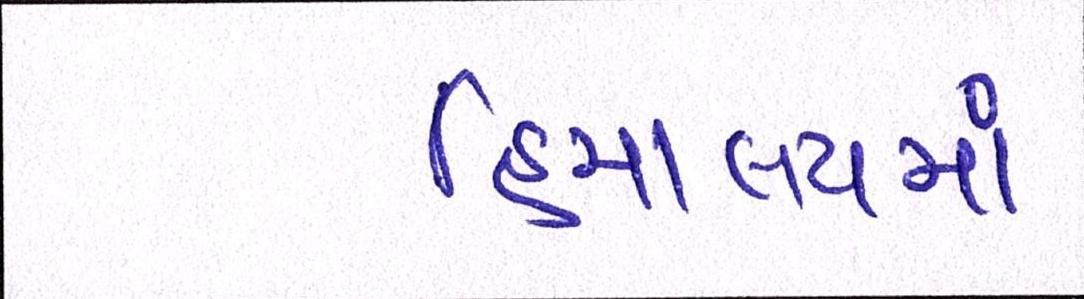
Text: હિમાલયમાં